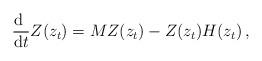
LaTeX: \begin{align*}\displaystyle{\frac{{\rm d}~}{{\rm d}t}Z(z_{t})=MZ(z_{t})-Z(z_{t})H(z_{t}) }\,,\end{align*}